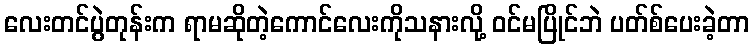
လေးတင်ပွဲတုန်းက ရာမဆိုတဲ့ကောင်လေးကိုသနားလို့ ဝင်မပြိုင်ဘဲ ပတ်စ်ပေးခဲ့တာ